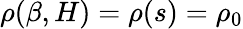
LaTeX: \rho(\beta,H)=\rho(s)=\rho_{0}